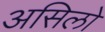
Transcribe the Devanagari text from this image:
असिलो